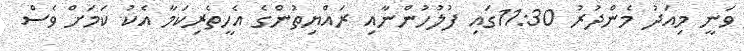
ވަނީ މިއަދު މެންދުރު 11:30ގައި ފުލުހުންނާއި ރައްޔިތުންގެ އެހީތެރިކަމާ އެކު ކަމަށް ވެސް